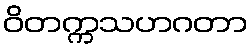
ဝိတက္ကသဟဂတာ